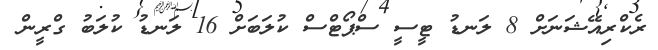
ރެކްރިއޭޝަނަށް 8 ލަނޑު ޓީސީ ސްޕޯޓްސް ކުލަބަށް 16 ލަނޑު ކުލަބު ގްރީން